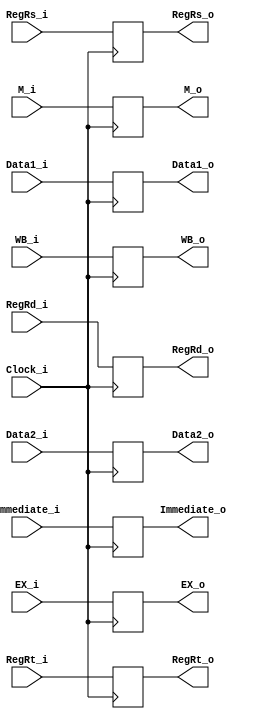
module ID_EX(
    Clock_i,
    WB_i,
    M_i,
    EX_i,
    Data1_i,
    Data2_i,
    Immediate_i,
    RegRs_i,
    RegRt_i,
    RegRd_i,
    WB_o,
    M_o,
    EX_o,
    Data1_o,
    Data2_o,
    Immediate_o,
    RegRs_o,
    RegRt_o,
    RegRd_o
);

input Clock_i;
input [1:0] WB_i;
input [1:0] M_i;
input [3:0] EX_i;
input [4:0] RegRs_i, RegRt_i, RegRd_i;
input [31:0] Data1_i, Data2_i, Immediate_i;

output [1:0] WB_o;
output [1:0] M_o;
output [3:0] EX_o;
output [4:0] RegRs_o, RegRt_o, RegRd_o;
output [31:0] Data1_o, Data2_o, Immediate_o;

reg [1:0] WB_o;
reg [1:0] M_o;
reg [3:0] EX_o;
reg [4:0] RegRs_o, RegRt_o, RegRd_o;
reg [31:0] Data1_o, Data2_o, Immediate_o;

initial begin
    WB_o = 0;
    M_o = 0;
    EX_o = 0;
    Data1_o = 0;
    Data2_o = 0;
    Immediate_o = 0;
    RegRs_o = 0;
    RegRt_o = 0;
    RegRd_o = 0;
end

always@(posedge Clock_i)
begin

    WB_o <= WB_i;
    M_o <= M_i;
    EX_o <= EX_i;
    Data1_o <= Data1_i;
    Data2_o <= Data2_i;
    Immediate_o <= Immediate_i;
    RegRs_o <= RegRs_i;
    RegRt_o <= RegRt_i;
    RegRd_o <= RegRd_i;
end

endmodule